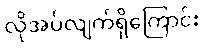
လိုအပ်လျက်ရှိကြောင်း